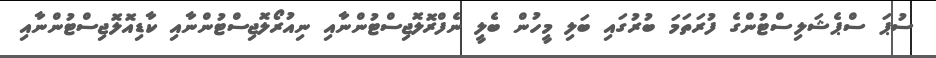
ސުޕަ ސްޕެޝަލިސްޓުންގެ ފުރަތަމަ ބުރުގައި ބަލި މީހުން ބެލީ ނެފްރޮލޮޖިސްޓުންނާއި ނިއުރޯލޮޖިސްޓުންނާއި ކާޑިއޮލޮޖިސްޓުންނާއި